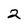
Character: 2